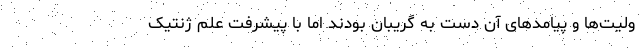
ولیت‌ها و پیامدهای آن دست به گریبان بودند اما با پیشرفت علم ژنتیک